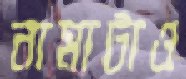
নামাটাও